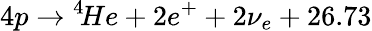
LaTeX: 4p\to{}^{4}\! He+2e^{+}+2\nu_{e}+26.73